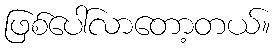
ဖြစ်ပေါ်လာတော့တယ်။